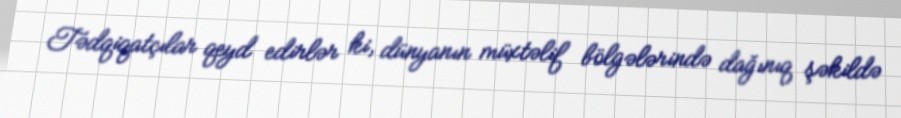
Tədqiqatçılar qeyd edirlər ki, dünyanın müxtəlif bölgələrində dağınıq şəkildə